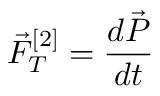
\vec { F } _ { T } ^ { [ 2 ] } = \frac { d \vec { P } } { d t }